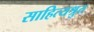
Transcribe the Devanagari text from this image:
साहित्यश्रुत